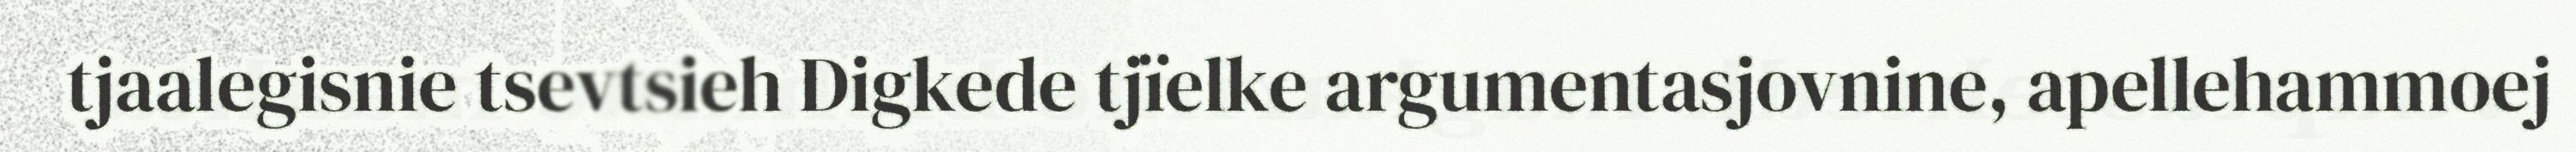
tjaalegisnie tsevtsieh Digkede tjïelke argumentasjovnine, apellehammoej